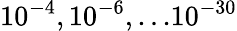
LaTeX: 10^{-4},10^{-6},...10^{-30}